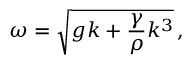
\omega = \sqrt { g k + \frac { \gamma } { \rho } k ^ { 3 } } \, ,